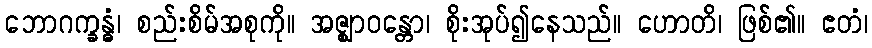
ဘောဂက္ခန္ဓံ၊ စည်းစိမ်အစုကို။ အဇ္ဈာဝန္တော၊ စိုးအုပ်၍နေသည်။ ဟောတိ၊ ဖြစ်၏။ ဧတံ၊